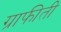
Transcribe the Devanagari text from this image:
ग्राफीती